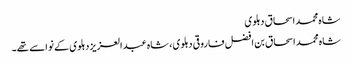
شاہ محمد اسحاق دہلوی
شاہ محمد اسحاق بن افضل فاروقی دہلوی ، شاہ عبد العزیز دہلوی کے نواسے تھے۔